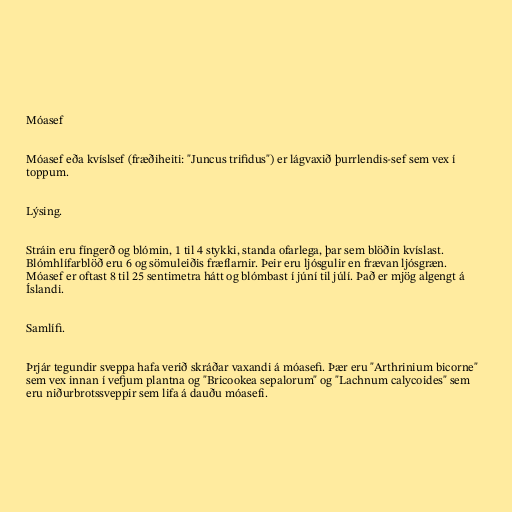
Móasef

Móasef eða kvíslsef (fræðiheiti: "Juncus trifidus") er lágvaxið þurrlendis-sef sem vex í
toppum.

Lýsing.

Stráin eru fíngerð og blómin, 1 til 4 stykki, standa ofarlega, þar sem blöðin kvíslast.
Blómhlífarblöð eru 6 og sömuleiðis fræflarnir. Þeir eru ljósgulir en frævan ljósgræn.
Móasef er oftast 8 til 25 sentimetra hátt og blómbast í júní til júlí. Það er mjög algengt á
Íslandi.

Samlífi.

Þrjár tegundir sveppa hafa verið skráðar vaxandi á móasefi. Þær eru "Arthrinium bicorne"
sem vex innan í vefjum plantna og "Bricookea sepalorum" og "Lachnum calycoides" sem
eru niðurbrotssveppir sem lifa á dauðu móasefi.